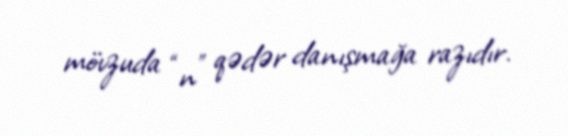
mövzuda “n” qədər danışmağa razıdır.